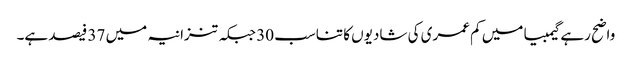
واضح رہے گیمبیا میں کم عمری کی شادیوں کا تناسب 30 جبکہ تنزانیہ میں 37 فیصد ہے۔